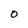
Character: 0